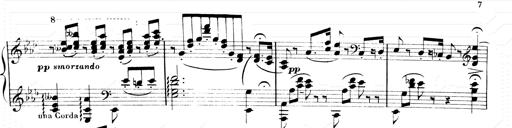
Title: 2 Transcriptions d'aprÃ¨s Rossini
Composer: Franz Liszt